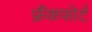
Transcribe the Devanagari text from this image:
फ्रैंकफोर्ट